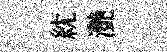
紞灔